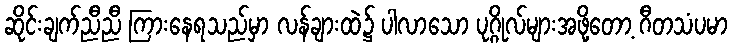
ဆိုင်းချက်ညီညီ ကြားနေရသည်မှာ လန်ချားထဲ၌ ပါလာသော ပုဂ္ဂိုလ်များအဖို့တော့ ဂီတသံပမာ